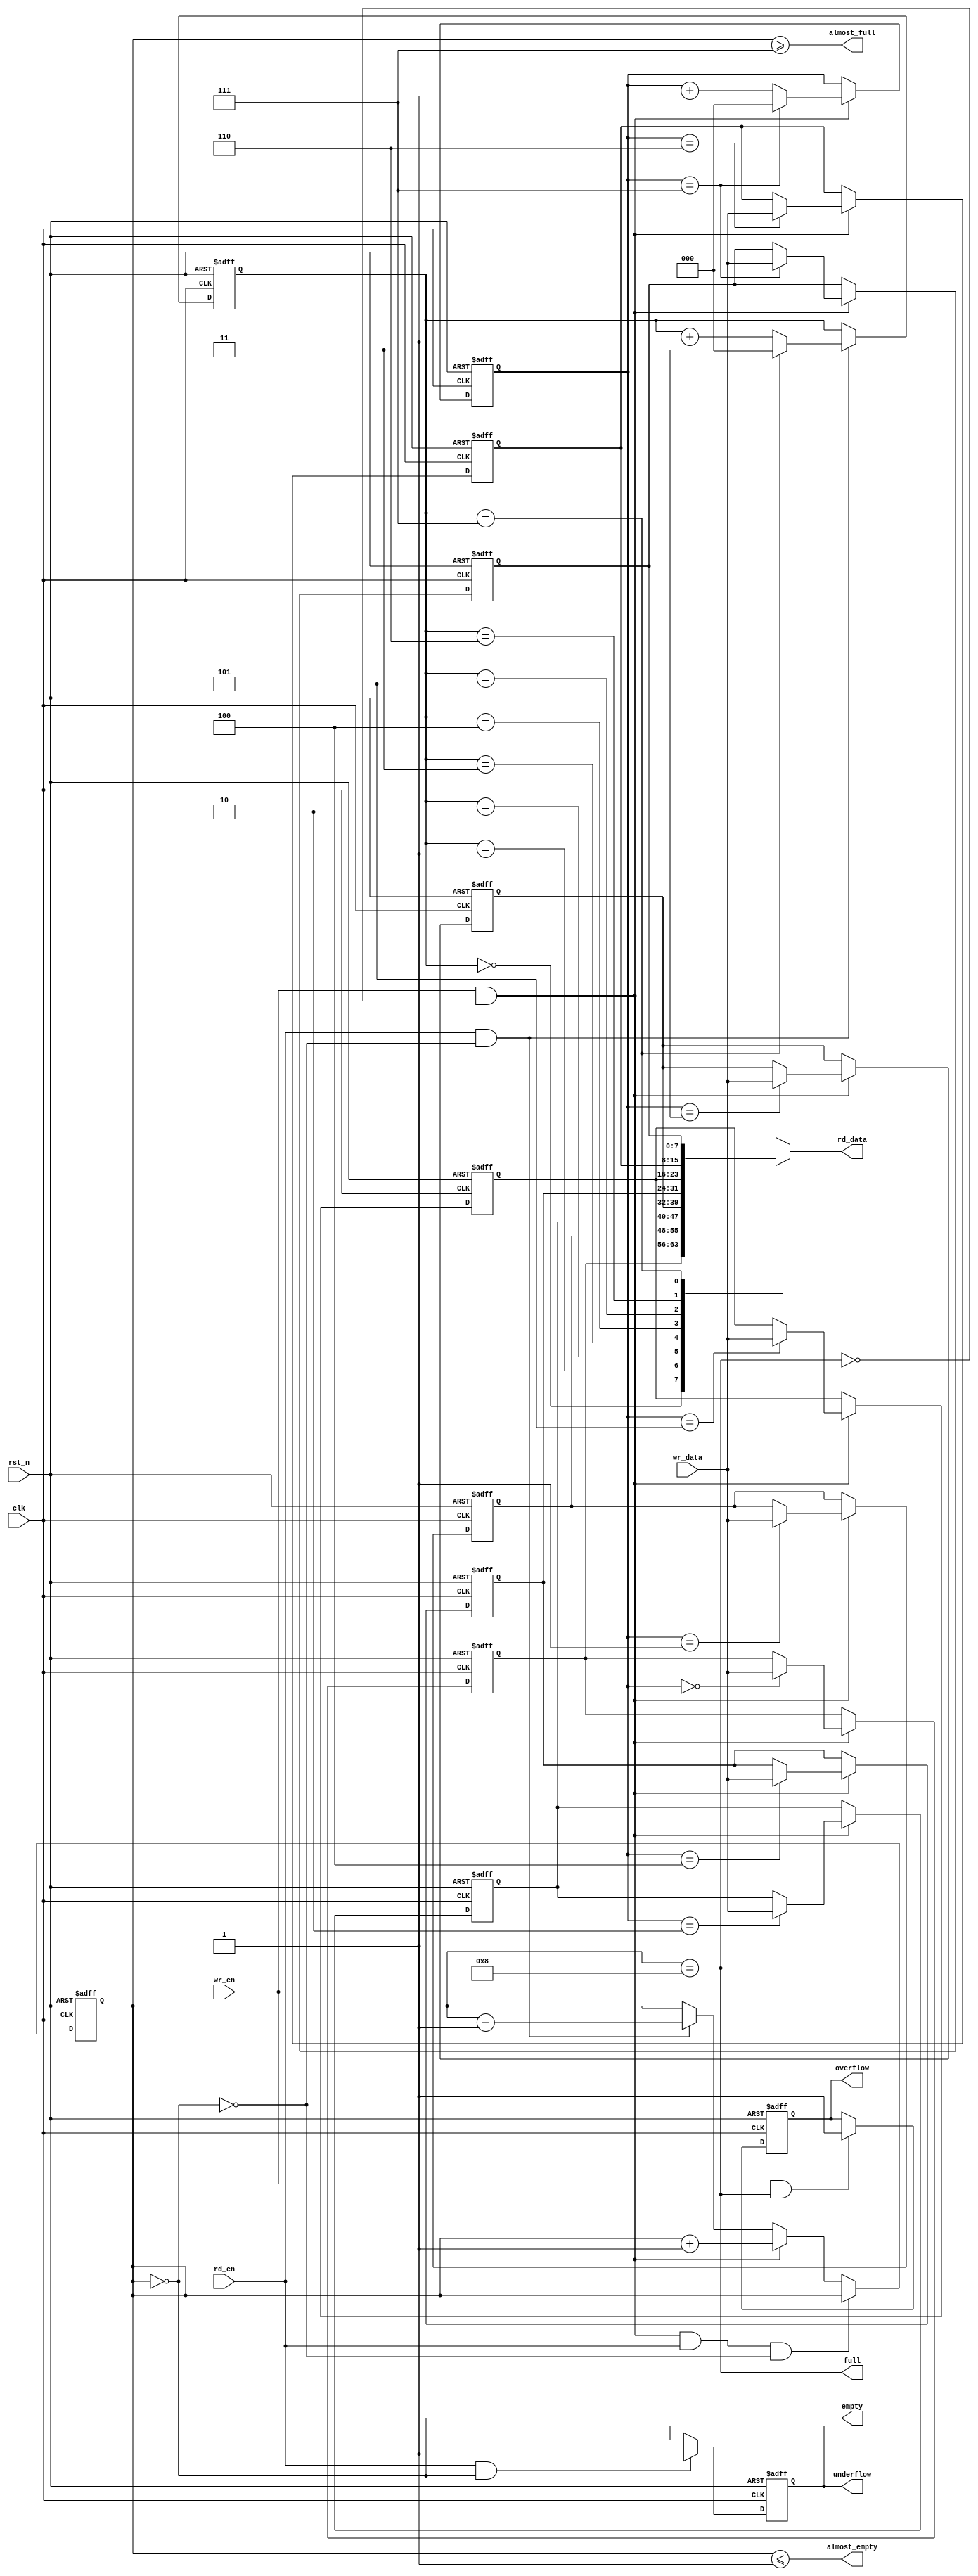
module sync_fifo #(
        parameter DATA_WIDTH   = 8,
        parameter FIFO_DEPTH   = 8,
        parameter AFULL_DEPTH  = FIFO_DEPTH - 1,  
        parameter AEMPTY_DEPTH = 1,
        parameter RDATA_MODE   = 0
        )(
        input                       clk    ,
        input                       rst_n  ,
        input                       wr_en  ,
        input      [DATA_WIDTH-1:0] wr_data,
        input                       rd_en  ,
        output reg [DATA_WIDTH-1:0] rd_data,
        output                      full   ,
        output                      almost_full,
        output                      empty      ,
        output                      almost_empty,
        output reg                  overflow,  
        output reg                  underflow  
    );

//define localparam with $clog2
localparam ADDR_WIDTH = $clog2(FIFO_DEPTH);

//--------internal signals define--------//
reg [ADDR_WIDTH-1:0] wr_ptr;
reg [ADDR_WIDTH-1:0] rd_ptr;
reg [ADDR_WIDTH:0]   fifo_cnt;
reg [DATA_WIDTH-1:0] buf_mem[FIFO_DEPTH-1:0];

integer I;

//fifo_cnt logic
always @ (posedge clk or negedge rst_n)
begin
    if(!rst_n)
        fifo_cnt <= {(ADDR_WIDTH+1){1'b0}};
    else begin
        if(wr_en && ~full && rd_en && ~empty)
            fifo_cnt <= fifo_cnt;
        else if(wr_en && ~full)
            fifo_cnt <= fifo_cnt + 1'b1;
        else if(rd_en && ~empty)
            fifo_cnt <= fifo_cnt - 1'b1;
    end     
end 
//wr_ptr logic
always @ (posedge clk or negedge rst_n)
begin
    if(!rst_n)
        wr_ptr <= {ADDR_WIDTH{1'b0}};
    else begin
        if(wr_en && ~full) begin
            if(wr_ptr == FIFO_DEPTH-1)
                wr_ptr <= {ADDR_WIDTH{1'b0}};
            else
                wr_ptr <= wr_ptr + 1'b1;    
        end
    end 
end 

always @ (posedge clk or negedge rst_n)
begin
    if(!rst_n)
        rd_ptr <= {ADDR_WIDTH{1'b0}};
    else begin
        if(rd_en && ~empty) begin
            if(rd_ptr == FIFO_DEPTH-1)
                rd_ptr <= {ADDR_WIDTH{1'b0}};
            else
                rd_ptr <= rd_ptr + 1'b1;    
        end
    end 
end 
//mem logic
always @ (posedge clk or negedge rst_n)
begin
    if(!rst_n)
        for(I = 0;I < FIFO_DEPTH; I = I+1)
            buf_mem[I] <= {DATA_WIDTH{1'b0}};
    else if(wr_en && ~full)
        buf_mem[wr_ptr] <= wr_data;
end



//generate
//genvar II;
//begin
//  for(II=0;II<FIFO_DEPTH;II=II+1)
//  begin
//      always @ (posedge clk or negedge rst_n)
//      begin
//          if(!rst_n)
//              buf_mem[II] <= {DATA_WIDTH{1'b0}};
//          else if(wr_en && ~full && wr_ptr==II)
//              buf_mem[II] <= wr_data;
//      end
//  end
//end 
//endgenerate

generate
    if(RDATA_MODE==1'b0)begin
        always @ (*)
            rd_data = buf_mem[rd_ptr];
    end
    else begin
        always @ (posedge clk or negedge rst_n)
        begin
            if(!rst_n)
                rd_data <= {DATA_WIDTH{1'b0}};
        else if(rd_en && ~empty)
                rd_data <= buf_mem[rd_ptr];
        end 
    end 
endgenerate


always @ (posedge clk or negedge rst_n)
begin
    if(!rst_n)  
        overflow <= 1'b0;
    else if(wr_en && full)
        overflow <= 1'b1;
end 

always @ (posedge clk or negedge rst_n)
begin
    if(!rst_n)
        underflow <= 1'b0;
    else if(rd_en && empty)
        underflow <= 1'b1;
end 

assign full = fifo_cnt==FIFO_DEPTH;

assign empty = fifo_cnt=={(ADDR_WIDTH+1){1'b0}};

assign almost_full = fifo_cnt>=AFULL_DEPTH;

assign almost_empty = fifo_cnt<=AEMPTY_DEPTH;

endmodule